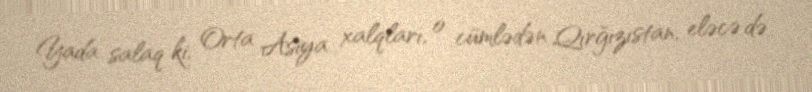
Yada salaq ki, Orta Asiya xalqları, o cümlədən Qırğızıstan, eləcə də